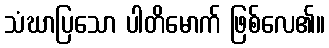
သံဃာပြသော ပါတိမောက် ဖြစ်လေ၏။